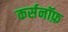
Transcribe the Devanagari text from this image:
कर्सनॉफ़